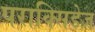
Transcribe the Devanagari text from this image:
पराक्सिडेज़